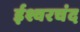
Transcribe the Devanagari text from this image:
ईश्वरचंद